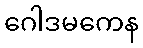
ဂေါဒမကေန